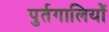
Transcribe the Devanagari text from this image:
पुर्तगालियोें